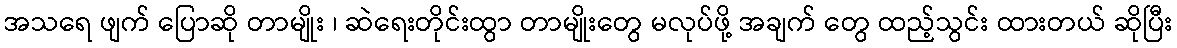
အသရေ ဖျက် ပြောဆို တာမျိုး ၊ ဆဲရေးတိုင်းထွာ တာမျိုးတွေ မလုပ်ဖို့ အချက် တွေ ထည့်သွင်း ထားတယ် ဆိုပြီး